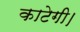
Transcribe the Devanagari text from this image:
काटेगी।